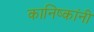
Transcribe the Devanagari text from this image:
कानिष्कांनी